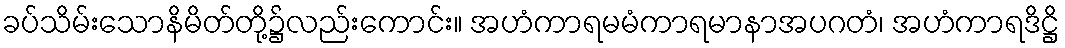
ခပ်သိမ်းသောနိမိတ်တို့၌လည်းကောင်း။ အဟံကာရမမံကာရမာနာအပဂတံ၊ အဟံကာရဒိဋ္ဌိ